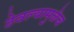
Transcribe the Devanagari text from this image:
ठेवल्यामुळेच